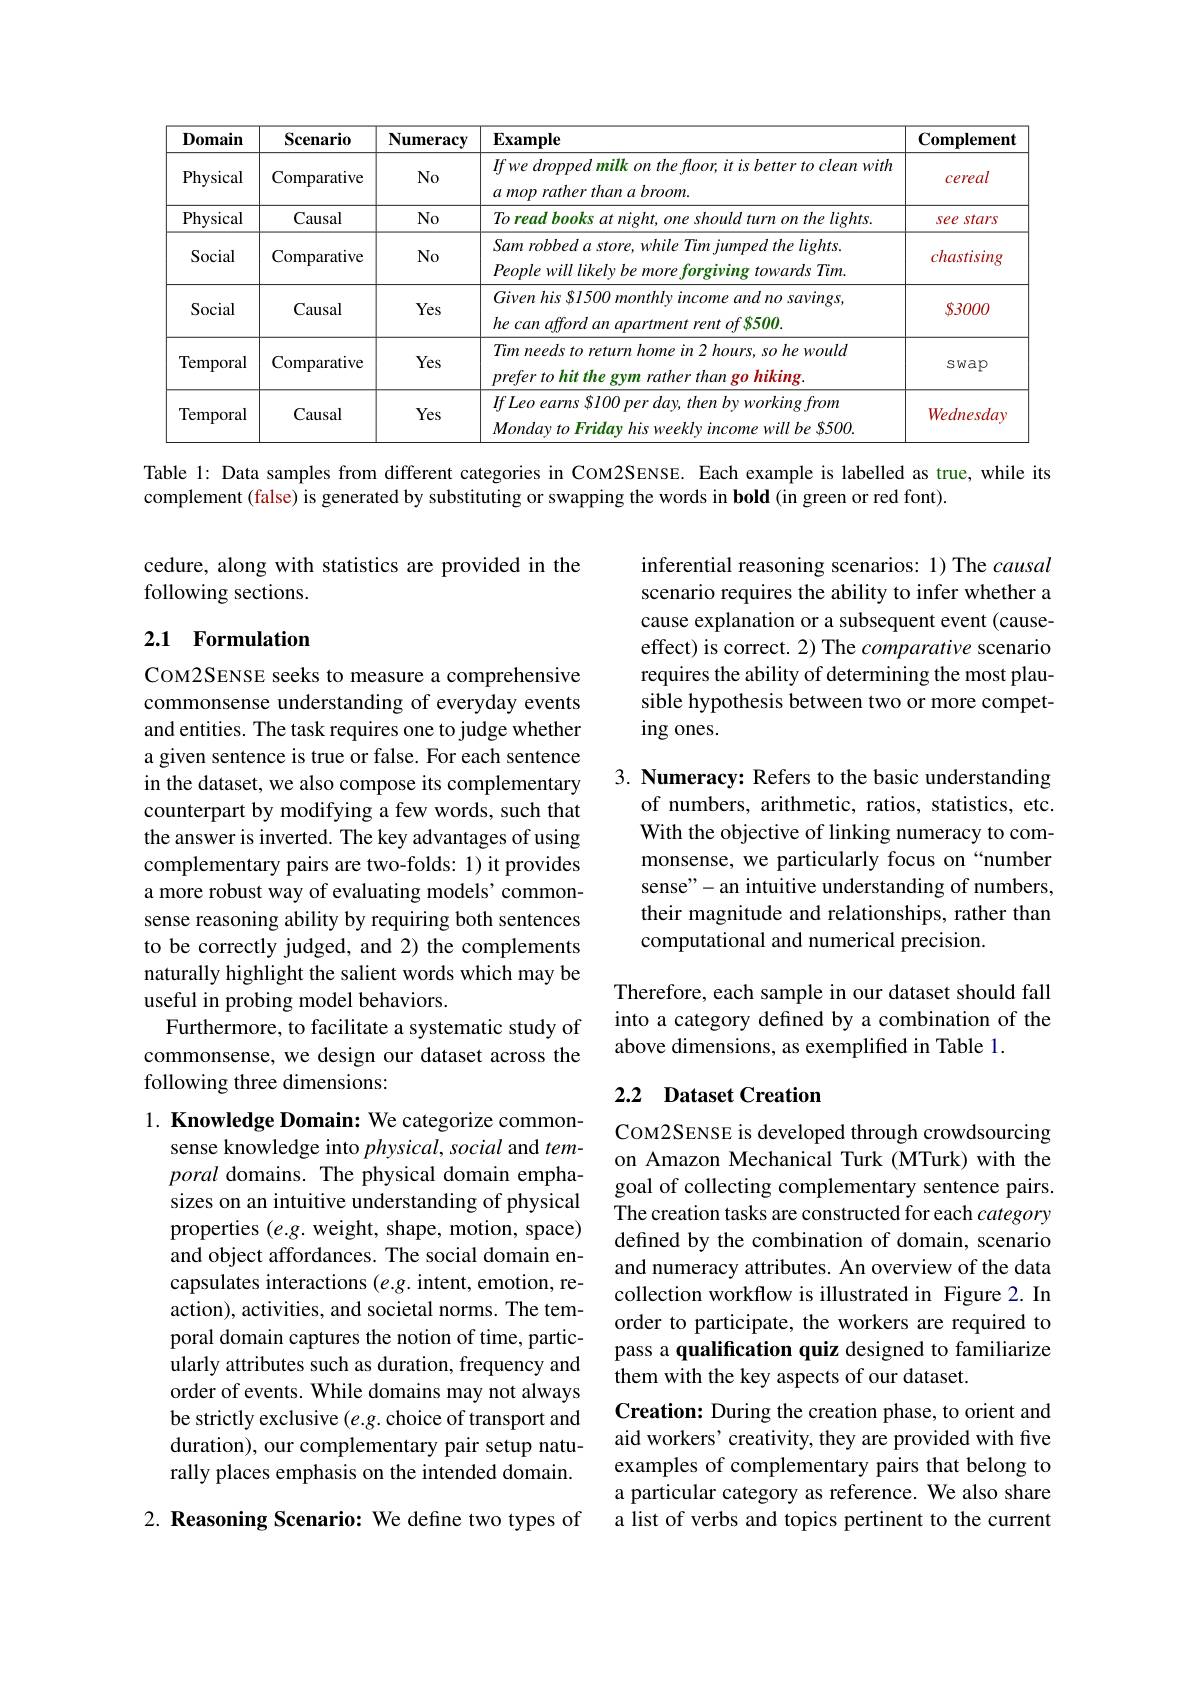
<table>
	<tbody>
		<tr>
			<th>$\mathbf{D}_{0}$main</th>
			<th>Scenario</th>
			<th>Numeracy</th>
			<th>$\mathbf{Example}$</th>
			<th>$\mathbf{Complement}$</th>
		</tr>
		<tr>
			<td>Physical</td>
			<td>Comparative</td>
			<td>$No$</td>
			<td>$Ifwedroppedmilkonthefloor,itisbettertocleanwith$ $a$ mop rather than a broom.</td>
			<td>cereal</td>
		</tr>
		<tr>
			<td>Physical</td>
			<td>Causal</td>
			<td>No</td>
			<td>To read books at night, one should turn on the lights</td>
			<td>stars Sees</td>
		</tr>
		<tr>
			<td>Social</td>
			<td>Comparative</td>
			<td>$No$</td>
			<td>Sam robbed a store, while Tim jumped the lights PeoplewilllikelybemoreforgivingtowardsTim</td>
			<td>chastising</td>
		</tr>
		<tr>
			<td>Social</td>
			<td>Causal</td>
			<td>Yes</td>
			<td>$Givenhis\not SI500monthlyincomeandnosavings$, he can afford an apartment rent of 8500.</td>
			<td>$\$3000$</td>
		</tr>
		<tr>
			<td>Temporal</td>
			<td>Comparative</td>
			<td>Yes</td>
			<td>Tim needs to return home in 2 hours, so he would $prefer\textit{to hit the gym rather than go hiking}$</td>
			<td>swap</td>
		</tr>
		<tr>
			<td>Temporal</td>
			<td>Causal</td>
			<td>Yes</td>
			<td>$IfLeo~earns~\$l00~per~day,~then~by~working~from$ $MondavtoFridavhisweeklvincomewillbes500.$</td>
			<td>Wednesday</td>
		</tr>
	</tbody>
</table>

Table l: Data samples from different categories in CoM2SENSE. Each example is labelled as true, while its
complement (false) is generated by substituting or swapping the words in bold (in green or red font).

cedure, along with statistics are provided in the
following sections.

## 2.1 Formulation

inferential reasoning scenarios: 1) The causal scenario requires the ability to infer whether a cause explanation or a subsequent event (causeeffect) is correct. 2) The comparative scenario requires the ability of determining the most plausible hypothesis between two or more competing ones.

3. Numeracy: Refers to the basic understanding
of numbers, arithmetic, ratios, statistics, etc. With the objective of linking numeracy to commonsense, we particularly focus on“number sense"-an intuitive understanding of numbers, their magnitude and relationships, rather than computational and numerical precision.

COM2SENSE seeks to measure a comprehensive commonsense understanding of everyday events and entities. The task requires one to judge whether a given sentence is true or false. For each sentence in the dataset, we also compose its complementary counterpart by modifying a few words, such that the answer is inverted. The key advantages of using complementary pairs are two-folds: 1) it provides a more robust way of evaluating models' commonsense reasoning ability by requiring both sentences to be correctly judged, and 2) the complements naturally highlight the salient words which may be useful in probing model behaviors.
Furthermore, to facilitate a systematic study of commonsense, we design our dataset across the following three dimensions:

Therefore, each sample in our dataset should fall into a category defined by a combination of the above dimensions, as exemplified in Table 1.

## 2.2 Dataset Creation

1. Knowledge Domain: We categorize common-
sense knowledge into $physical,social$ and temporal domains. The physical domain emphasizes on an intuitive understanding of physical properties (e.g. weight, shape, motion, space) and object affordances. The social domain encapsulates interactions (e.g. intent, emotion, reaction), activities, and societal norms. The temporal domain captures the notion of time, particularly attributes such as duration, frequency and order of events. While domains may not always be strictly exclusive $(e.g.$ choice of transport and duration), our complementary pair setup naturally places emphasis on the intended domain.

COM2SENSE is developed through crowdsourcing on Amazon Mechanical Turk (MTurk) with the goal of collecting complementary sentence pairs. The creation tasks are constructed for each category defined by the combination of domain, scenario and numeracy attributes. An overview of the data collection workflow is illustrated in Figure 2.In order to participate, the workers are required to pass a qualification quiz designed to familiarize them with the key aspects of our dataset.
Creation: During the creation phase, to orient and aid workers' creativity, they are provided with five examples of complementary pairs that belong to a particular category as reference. We also share a list of verbs and topics pertinent to the current

2. Reasoning Scenario: We define two types of